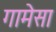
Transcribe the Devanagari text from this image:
गामेसा